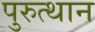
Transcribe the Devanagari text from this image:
पुरुत्थान